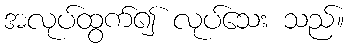
အလုပ်ထွက်၍ လုပ်သေး သည်။